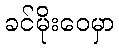
ခင်မိုးဝေမှာ